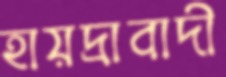
হায়দ্রাবাদী